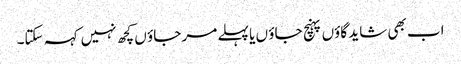
اب بھی شاید گاؤں پہنچ جاؤ ں یا پہلے مر جاؤ ں کچھ نہیں کہہ سکتا۔